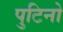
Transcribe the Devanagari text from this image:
पुटिनो